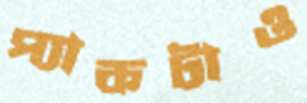
প্যাকটাও